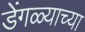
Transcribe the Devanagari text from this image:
डेंगळ्याच्या